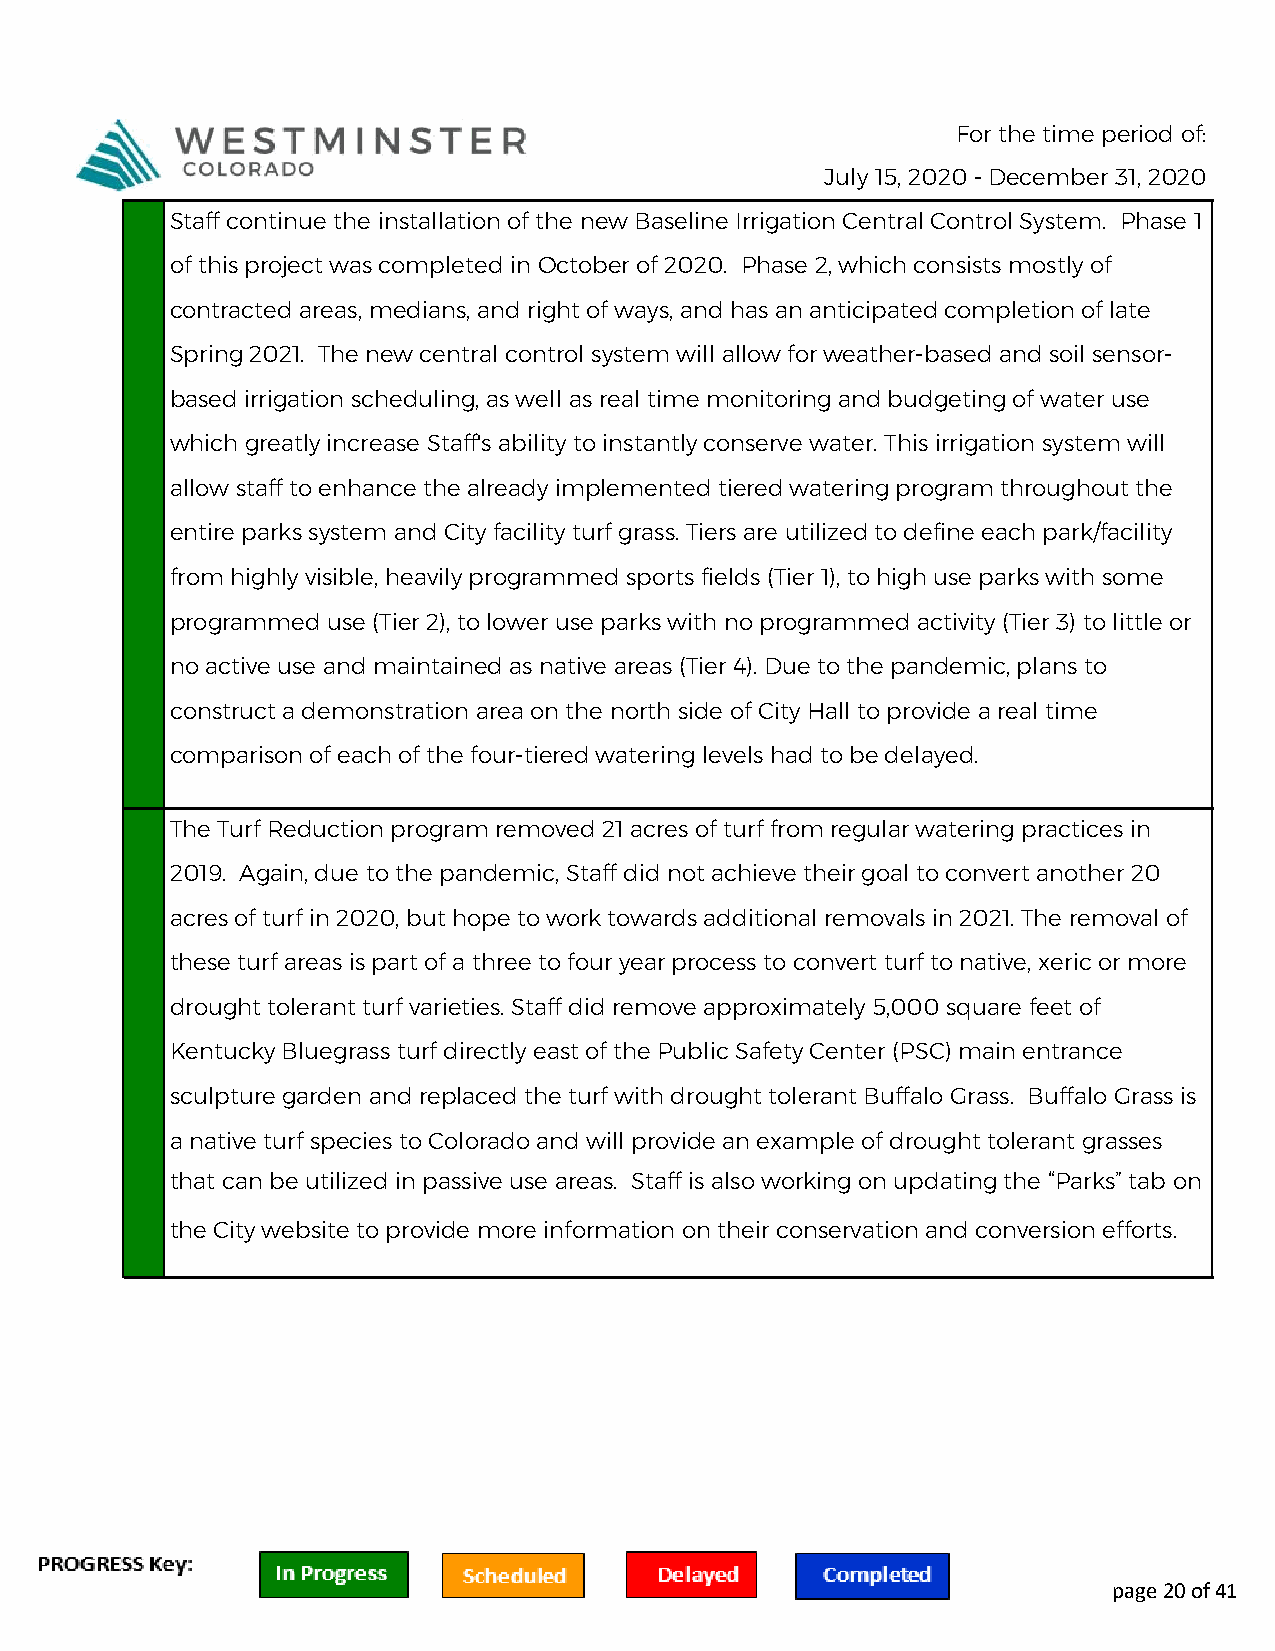
For the time period of:
 July 15, 2020 - December 31, 2020
 Staff continue the installation of the new Baseline Irrigation Central Control System. Phase 1
 of this project was completed in October of 2020. Phase 2, which consists mostly of
 contracted areas, medians, and right of ways, and has an anticipated completion of late
 Spring 2021. The new central control system will allow for weather-based and soil sensor-
 based irrigation scheduling, as well as real time monitoring and budgeting of water use
 which greatly increase Staff's ability to instantly conserve water. This irrigation system will
 allow staff to enhance the already implemented tiered watering program throughout the
 entire parks system and City facility turf grass. Tiers are utilized to define each park/facility
 from highly visible, heavily programmed sports fields (Tier 1), to high use parks with some
 programmed use (Tier 2), to lower use parks with no programmed activity (Tier 3) to little or
 no active use and maintained as native areas (Tier 4). Due to the pandemic, plans to
 construct a demonstration area on the north side of City Hall to provide a real time
 comparison of each of the four-tiered watering levels had to be delayed.
 The Turf Reduction program removed 21 acres of turf from regular watering practices in
 2019. Again, due to the pandemic, Staff did not achieve their goal to convert another 20
 acres of turf in 2020, but hope to work towards additional removals in 2021. The removal of
 these turf areas is part of a three to four year process to convert turf to native, xeric or more
 drought tolerant turf varieties. Staff did remove approximately 5,000 square feet of
 Kentucky Bluegrass turf directly east of the Public Safety Center (PSC) main entrance
 sculpture garden and replaced the turf with drought tolerant Buffalo Grass. Buffalo Grass is
 a native turf species to Colorado and will provide an example of drought tolerant grasses
 that can be utilized in passive use areas. Staff is also working on updating the “Parks” tab on
 the City website to provide more information on their conservation and conversion efforts.
 page 20 of 41